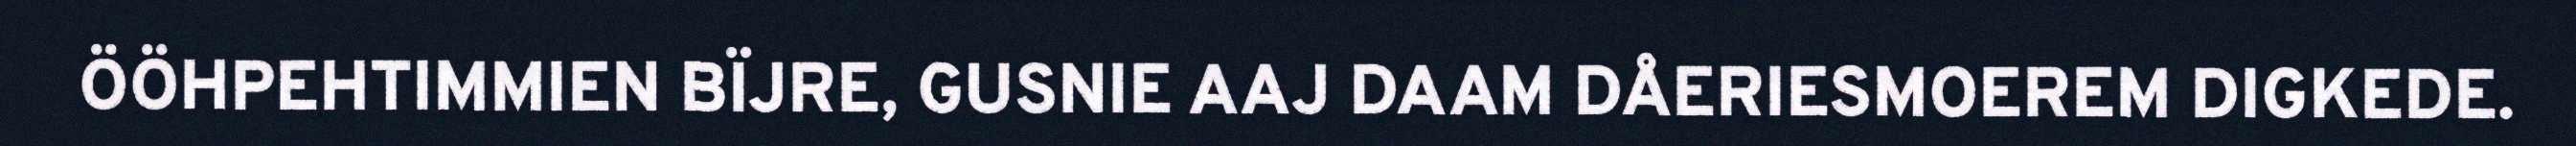
ÖÖHPEHTIMMIEN BÏJRE, GUSNIE AAJ DAAM DÅERIESMOEREM DIGKEDE.